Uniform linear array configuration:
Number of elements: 8
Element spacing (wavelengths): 0.75
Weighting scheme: binomial
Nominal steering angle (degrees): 60
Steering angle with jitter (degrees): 61.824
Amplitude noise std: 0.05
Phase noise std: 0.05

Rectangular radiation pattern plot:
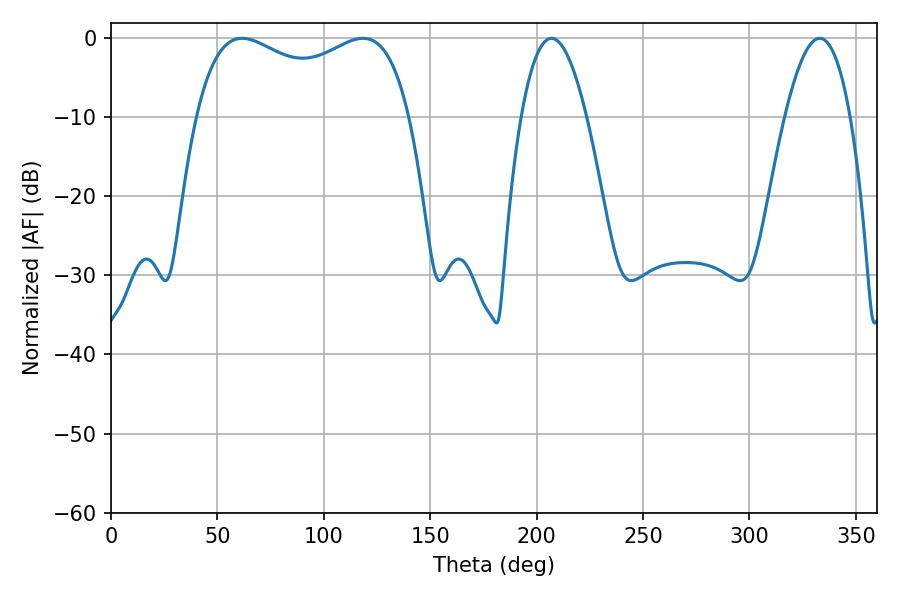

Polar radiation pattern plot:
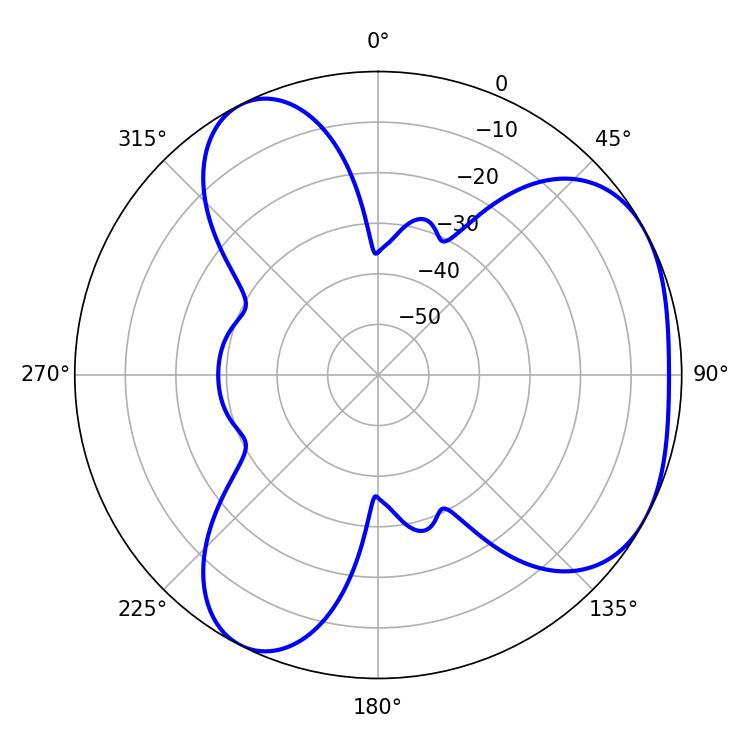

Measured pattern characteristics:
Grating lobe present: TRUE
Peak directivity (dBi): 4.015
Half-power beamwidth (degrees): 16.92
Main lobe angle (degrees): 333